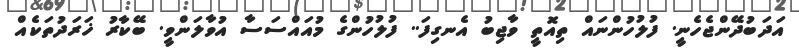
އަދަބުދޭންޖެެހެނީ. ފުލުހުންނައް ތިއޮތީ ވާޖިބު އެނގިފަ.. ފުލުހުންގެ މުއައްސަސާ އުވާލަންވީ. ބޭކާރު ޚަރަދުތަކެއް